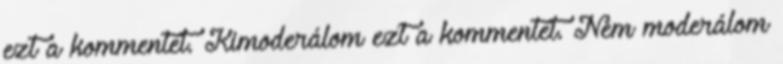
ezt a kommentet. Kimoderálom ezt a kommentet. Nem moderálom